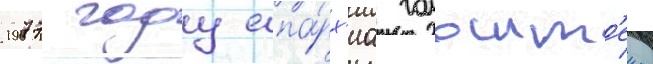
1977 году епа́рх'иа гольшт'еина